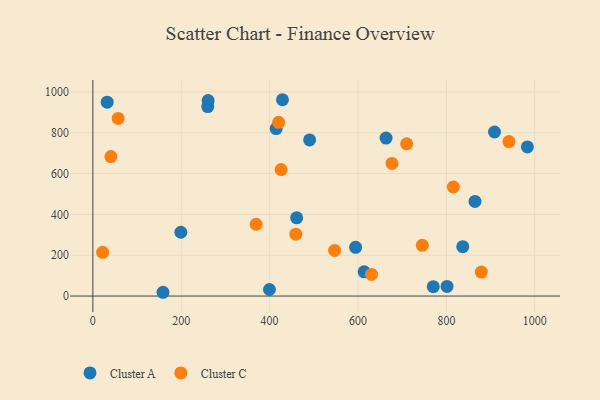
{"axis": {"x": "Experience", "y": "Demand"}, "legend": ["Cluster A", "Cluster C"], "data": [{"x": "594.6", "y": 238.8, "type": "Cluster A"}, {"x": "260.0", "y": 928.4, "type": "Cluster A"}, {"x": "864.8", "y": 463.8, "type": "Cluster A"}, {"x": "414.8", "y": 820.4, "type": "Cluster A"}, {"x": "429.1", "y": 961.8, "type": "Cluster A"}, {"x": "908.9", "y": 803.8, "type": "Cluster A"}, {"x": "613.9", "y": 118.9, "type": "Cluster A"}, {"x": "158.7", "y": 18.5, "type": "Cluster A"}, {"x": "399.6", "y": 32.1, "type": "Cluster A"}, {"x": "461.1", "y": 383.0, "type": "Cluster A"}, {"x": "32.4", "y": 950.0, "type": "Cluster A"}, {"x": "837.1", "y": 242.0, "type": "Cluster A"}, {"x": "801.5", "y": 47.1, "type": "Cluster A"}, {"x": "663.5", "y": 773.8, "type": "Cluster A"}, {"x": "260.9", "y": 957.6, "type": "Cluster A"}, {"x": "199.1", "y": 312.5, "type": "Cluster A"}, {"x": "983.3", "y": 730.8, "type": "Cluster A"}, {"x": "490.5", "y": 764.9, "type": "Cluster A"}, {"x": "770.3", "y": 45.9, "type": "Cluster A"}, {"x": "630.6", "y": 106.0, "type": "Cluster C"}, {"x": "547.1", "y": 223.6, "type": "Cluster C"}, {"x": "22.1", "y": 214.4, "type": "Cluster C"}, {"x": "879.1", "y": 117.6, "type": "Cluster C"}, {"x": "815.7", "y": 534.3, "type": "Cluster C"}, {"x": "420.4", "y": 851.0, "type": "Cluster C"}, {"x": "426.0", "y": 619.4, "type": "Cluster C"}, {"x": "941.7", "y": 756.8, "type": "Cluster C"}, {"x": "710.1", "y": 746.2, "type": "Cluster C"}, {"x": "40.8", "y": 683.5, "type": "Cluster C"}, {"x": "676.9", "y": 649.8, "type": "Cluster C"}, {"x": "745.5", "y": 248.6, "type": "Cluster C"}, {"x": "57.2", "y": 870.2, "type": "Cluster C"}, {"x": "369.4", "y": 351.8, "type": "Cluster C"}, {"x": "459.3", "y": 302.9, "type": "Cluster C"}]}